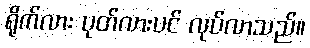
ရိုက်လား ပုတ်လားပင် လုပ်လာသည်။